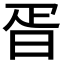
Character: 𣆁